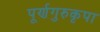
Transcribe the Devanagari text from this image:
पूर्णगुरुकृपा